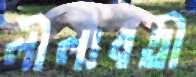
লীলাবতী